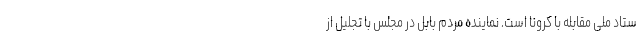
ستاد ملی مقابله با کرونا است. نماینده مردم بابل در مجلس با تجلیل از